Papers set at the Examination for Leaving Certificates, 1895
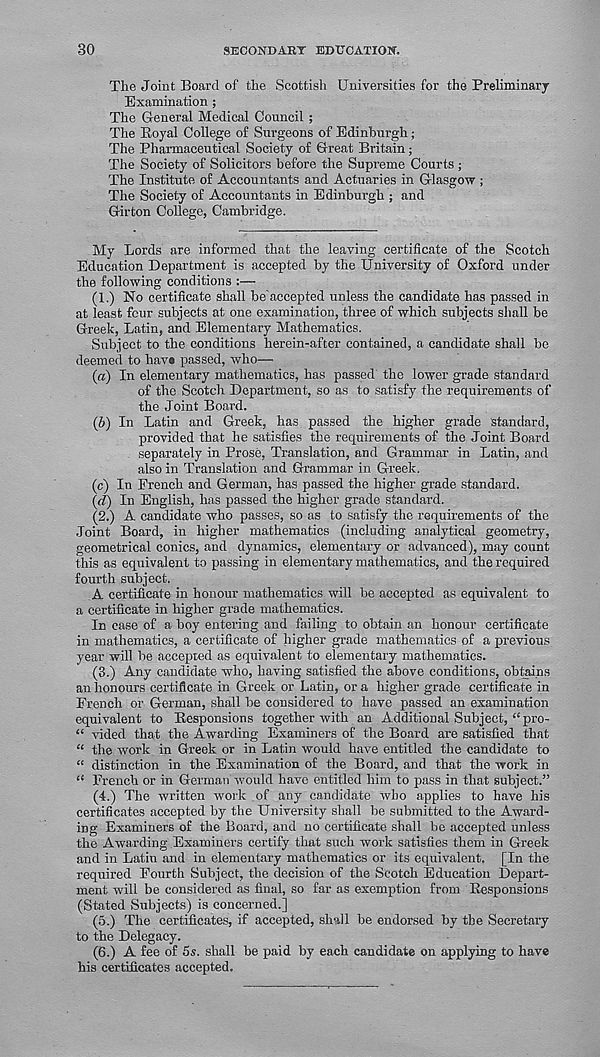
30
SECONDARY EDUCATION.
The Joint Board of the Scottish Universities for the Preliminary
Examination ;
The General Medical Council ;
The Royal College of Surgeons of Edinburgh;
The Pharmaceutical Society of Great Britain;
The Society of Solicitors before the Supreme Courts ;
The Institute of Accountants and Actuaries in Glasgow ;
The Society of Accountants in Edinburgh ; and
Girton College, Cambridge.
My Lords are informed that the leaving certificate of the Scotch
Education Department is accepted by the University of Oxford under
the following conditions :—
(1.) No certificate shall be'accepted unless the candidate has passed in
at least four subjects at one examination, three of which subjects shall be
Greek, Latin, and Elementary Mathematics.
Subject to the conditions herein-after contained, a candidate shall be
deemed to hav« passed, who—
(a) In elementary mathematics, has passed the lower grade standard
of the Scotch Department, so as to satisfy the requirements of
the Joint Board.
(b) In Latin and Greek, has passed the higher grade Standard,
provided that he satisfies the requirements of the Joint Board
separately in Prose, Translation, and Grammar in Latin, and
also in Translation and Grammar in Greek.
(c) In French and German, has passed the higher grade standard.
(d) In English, has passed the higher grade standard.
(2.) A candidate who passes, so as to satisfy the requirements of the
Joint Board, in higher mathematics (including analytical geometry,
geometrical conics, and dynamics, elementary or advanced), may count
this as equivalent to passing in elementary mathematics, and the required
fourth subject.
A certificate in honour mathematics will be accepted as equivalent to
a certificate in higher grade mathematics.
In case of a boy entering and failing to obtain an honour certificate
in mathematics, a certificate of higher grade mathematics of a previous
year will be accepted as equivalent to elementary mathematics.
(3.) Any candidate who, having satisfied the above conditions, obtains
an honours certificate in Greek or Latin, or a higher grade certificate in
French or German, shall be considered to have passed an examination
equivalent to Responsions together with an Additional Subject, “ pro-
“ vided that the Awarding Examiners of the Board are satisfied that
“ the work in Greek or in Latin would have entitled the candidate to
“ distinction in the Examination of the Board, and that the work in
£i French or in German would have entitled him to pass in that subject.”
(4.) The written work of any candidate who applies to have his
certificates accepted by the University shall be submitted to the Award-
ing Examiners of the Board, and no certificate shall be accepted unless
the Awarding Examiners certify that such work satisfies them in Greek
and in Latin and in elementary mathematics or its equivalent. [In the
required Fourth Subject, the decision of the Scotch Education Depart-
ment will be considered as final, so far as exemption from Responsions
(Stated Subjects) is concerned.]
(5.) The certificates, if accepted, shall be endorsed by the Secretary
to the Delegacy.
(6.) A fee of 5s. shall be paid by each candidate on applying to have
his certificates accepted.